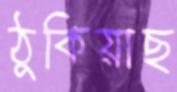
ঠুকিয়াছ